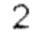
2